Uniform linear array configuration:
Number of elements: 64
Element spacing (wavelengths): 1
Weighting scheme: kaiser
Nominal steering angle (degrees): -60
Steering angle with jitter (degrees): -60.659
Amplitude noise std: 0.05
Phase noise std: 0.05

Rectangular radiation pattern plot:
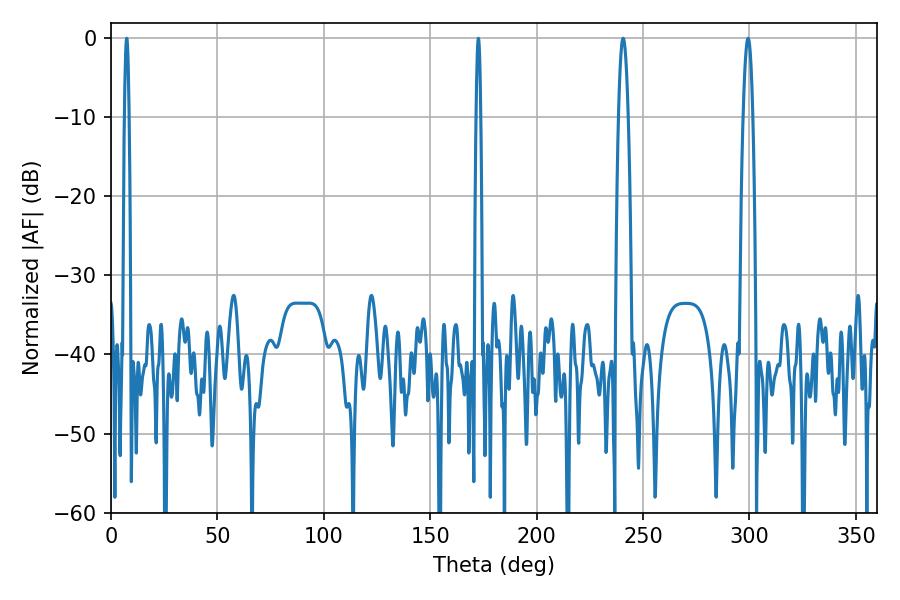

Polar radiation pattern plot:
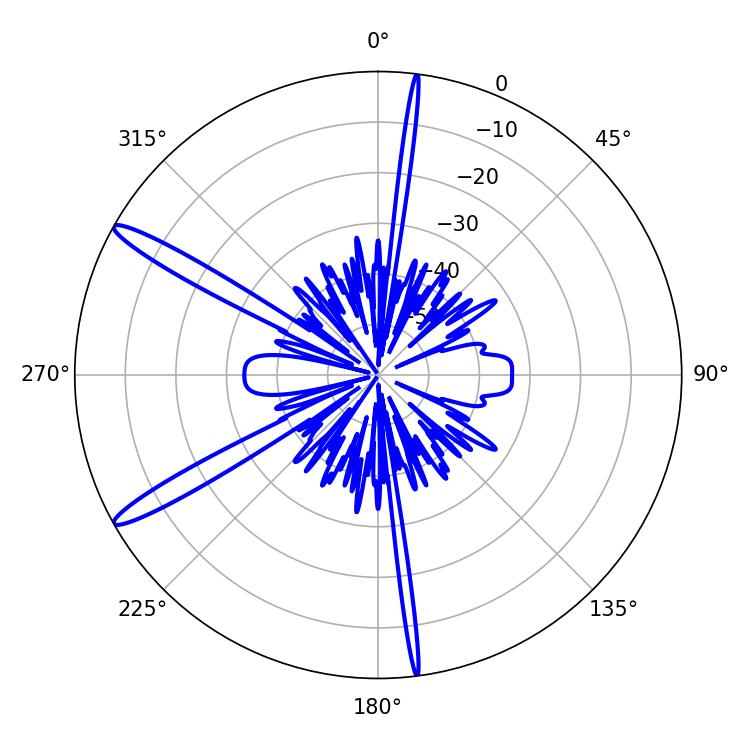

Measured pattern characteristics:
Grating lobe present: TRUE
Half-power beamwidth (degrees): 1.08
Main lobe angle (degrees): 7.38